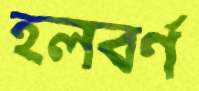
হলবর্ণ